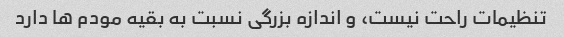
تنظیمات راحت نیست، و اندازه بزرگی نسبت به بقیه مودم ها دارد